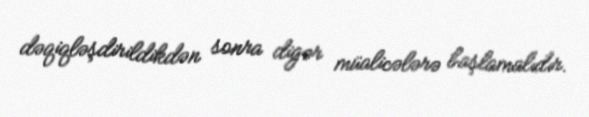
dəqiqləşdirildikdən sonra digər müalicələrə başlamalıdır.